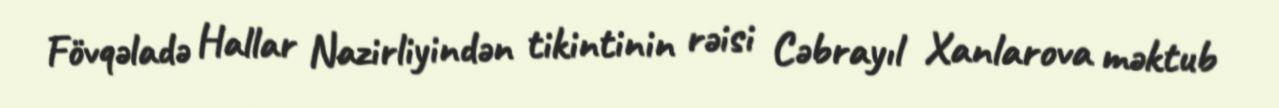
Fövqəladə Hallar Nazirliyindən tikintinin rəisi Cəbrayıl Xanlarova məktub